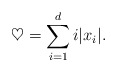
\begin{align*} \heartsuit = {\sum_{i=1}^d i|x_i|} .\end{align*}